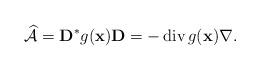
LaTeX: \begin{align*}\widehat{\mathcal{A}} = \mathbf{D}^* g(\mathbf{x}) \mathbf{D} = - \operatorname{div} g(\mathbf{x}) \nabla.\end{align*}